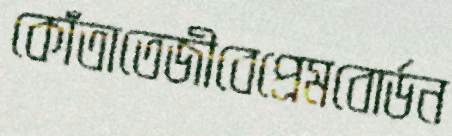
কোঁতাতেজীবেপ্রেমবোর্ডন